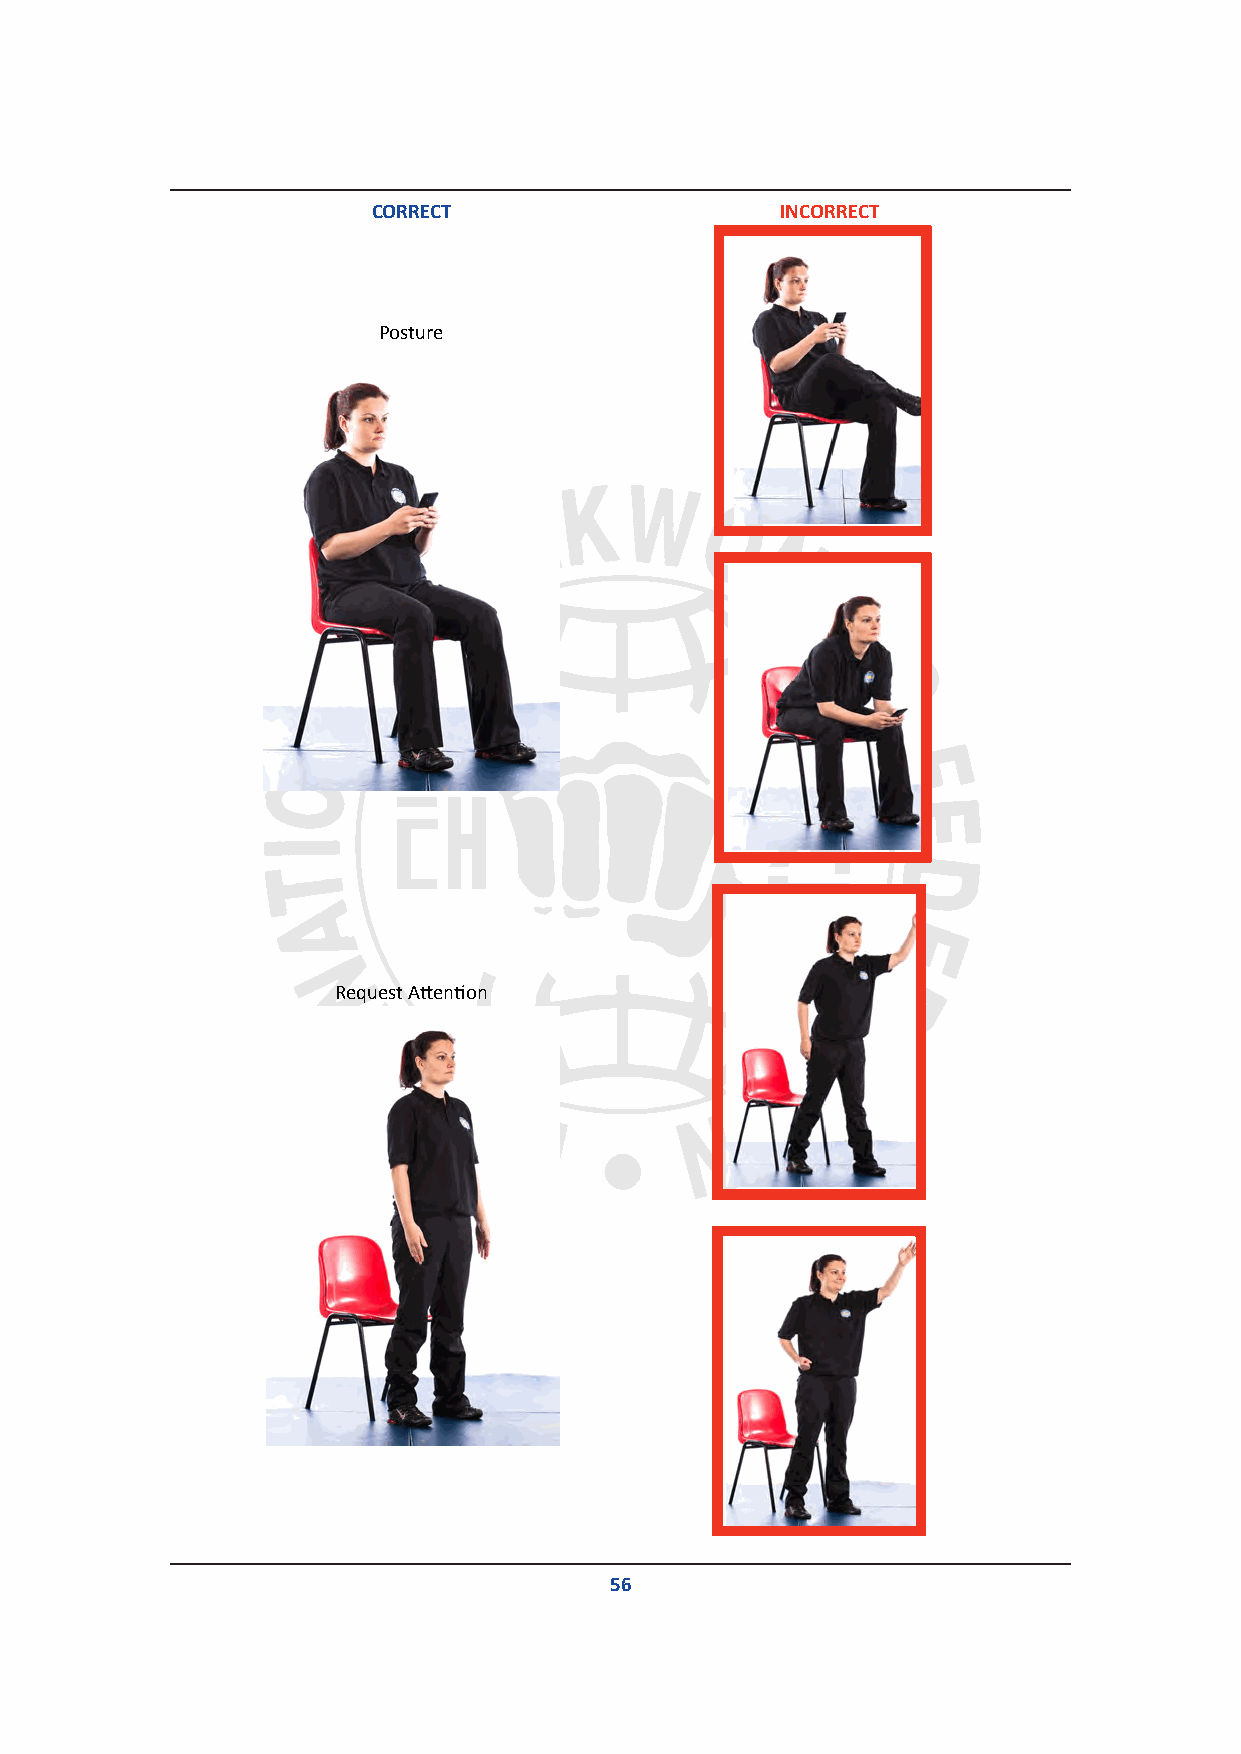
CORRECT                    INCORRECT
 Posture
 Request Attention
 56